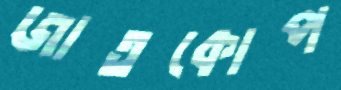
জাতকোপ